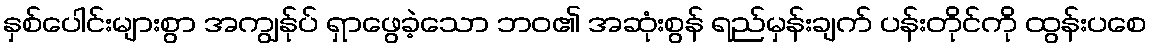
နှစ်ပေါင်းများစွာ အကျွန်ုပ် ရှာဖွေခဲ့သော ဘဝ၏ အဆုံးစွန် ရည်မှန်းချက် ပန်းတိုင်ကို ထွန်းပစေ